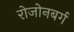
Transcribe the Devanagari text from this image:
रोजोनबर्ग